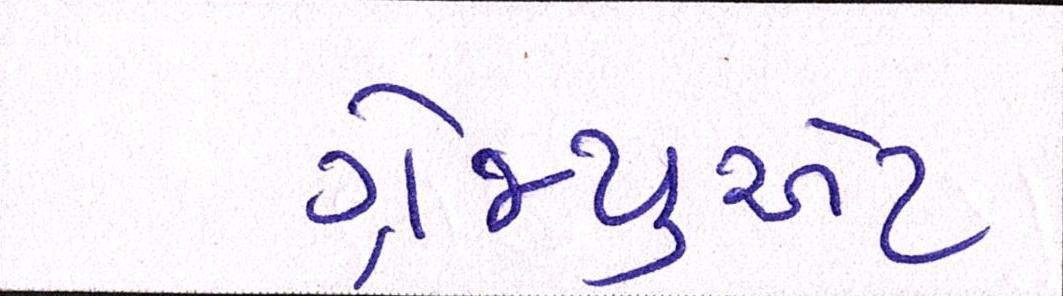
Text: ગ્રેજ્યુએટ